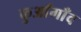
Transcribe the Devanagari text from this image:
कुआँगाँव